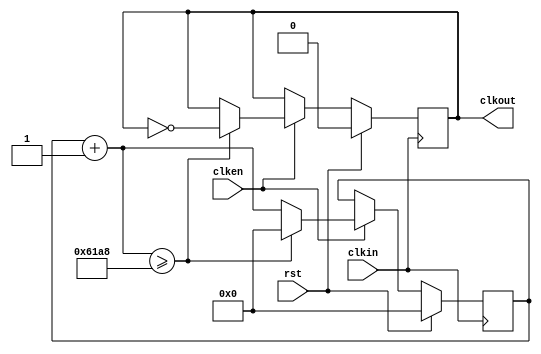
module clkgen(
		input clkin,
		input rst,
		input clken,
		output reg clkout
);
parameter clk_freq=1000;
parameter countlimit=50000000/2/clk_freq; //        
initial begin
	clkout = 0;

end

 reg[31:0] clkcount = 0;
 always @ (posedge clkin)
 if(rst)
		 begin
				 clkcount=0;
				 clkout=1'b0;
		 end
 else
 begin
		 if(clken)
		 begin
				 clkcount=clkcount+1;
				 if(clkcount>=countlimit)
						 begin
								 clkcount=32'd0;
								 clkout=~clkout;
						 end
				 else
						clkout=clkout;
		 end
		 else
				 begin
						 clkcount=clkcount;
						 clkout=clkout;
				 end
 end
 endmodule